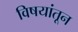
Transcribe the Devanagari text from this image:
विषयांतून